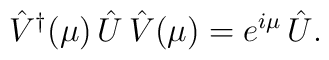
\hat{V}^\dagger (\mu) \, \hat{U} \, \hat{V}(\mu)	= e^{ i \mu } \, \hat{U}.